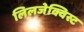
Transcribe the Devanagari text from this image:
लिलजेक्विस्ट